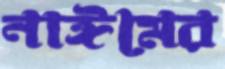
নাঈমের